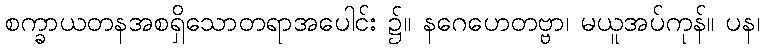
စက္ခာယတနအစရှိသောတရာအပေါင်း ၌။ နဂေဟေတဗ္ဗာ၊ မယူအပ်ကုန်။ ပန၊